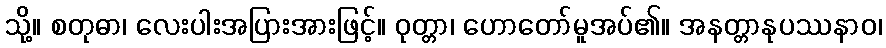
သို့။ စတုဓာ၊ လေးပါးအပြားအားဖြင့်။ ဝုတ္တာ၊ ဟောတော်မူအပ်၏။ အနတ္တာနုပဿနာဝ၊